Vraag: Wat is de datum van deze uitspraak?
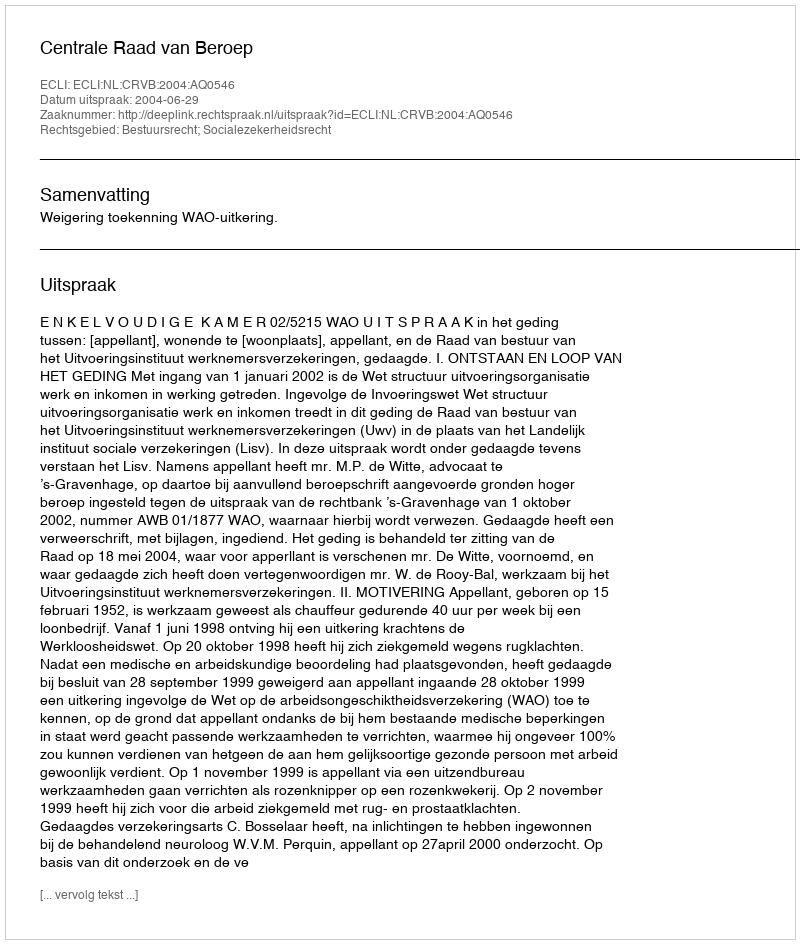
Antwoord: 2004-06-29